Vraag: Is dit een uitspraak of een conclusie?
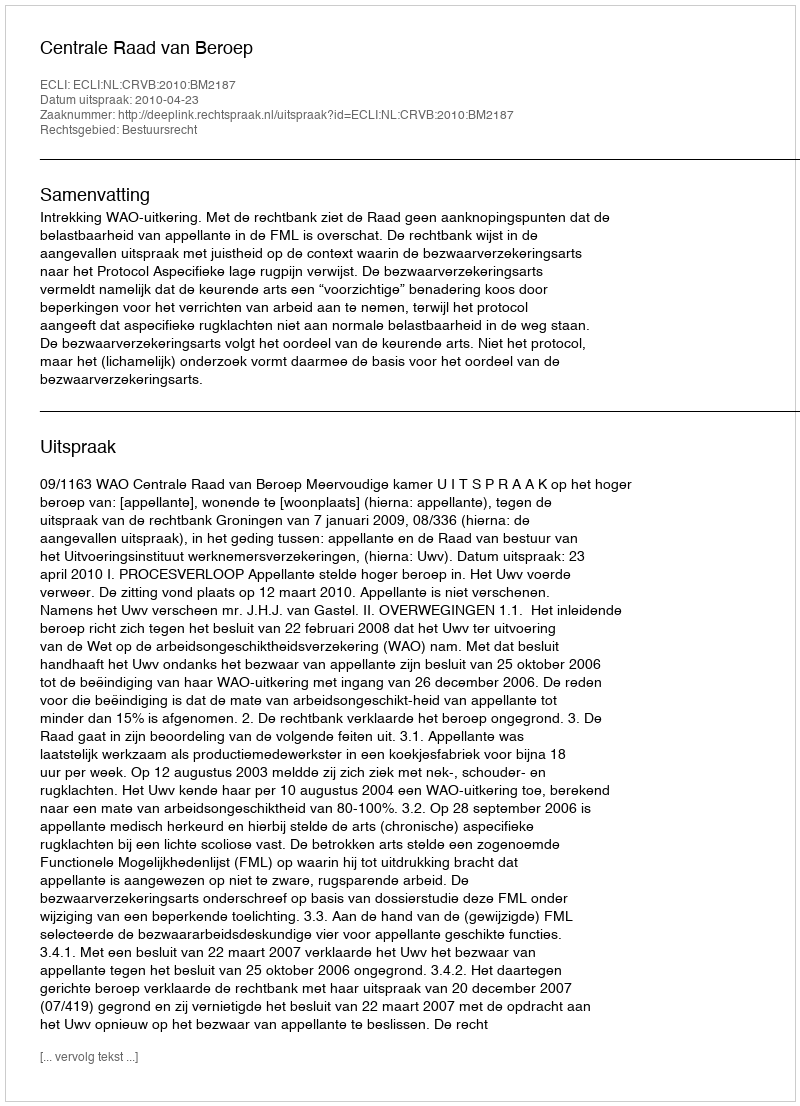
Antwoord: Uitspraak